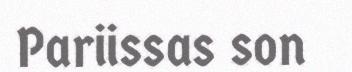
Pariissas son